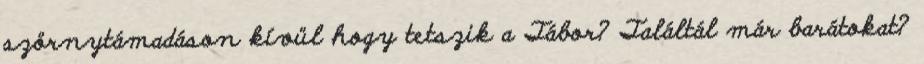
szörnytámadáson kívül hogy tetszik a Tábor? Találtál már barátokat?